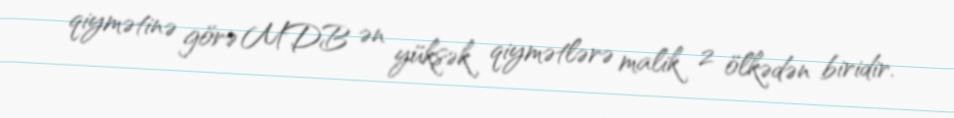
qiymətinə görə MDB ən yüksək qiymətlərə malik 2 ölkədən biridir.